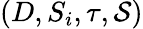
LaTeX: (D,S_{i},\tau,\mathcal{S})